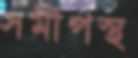
সমীপস্থ